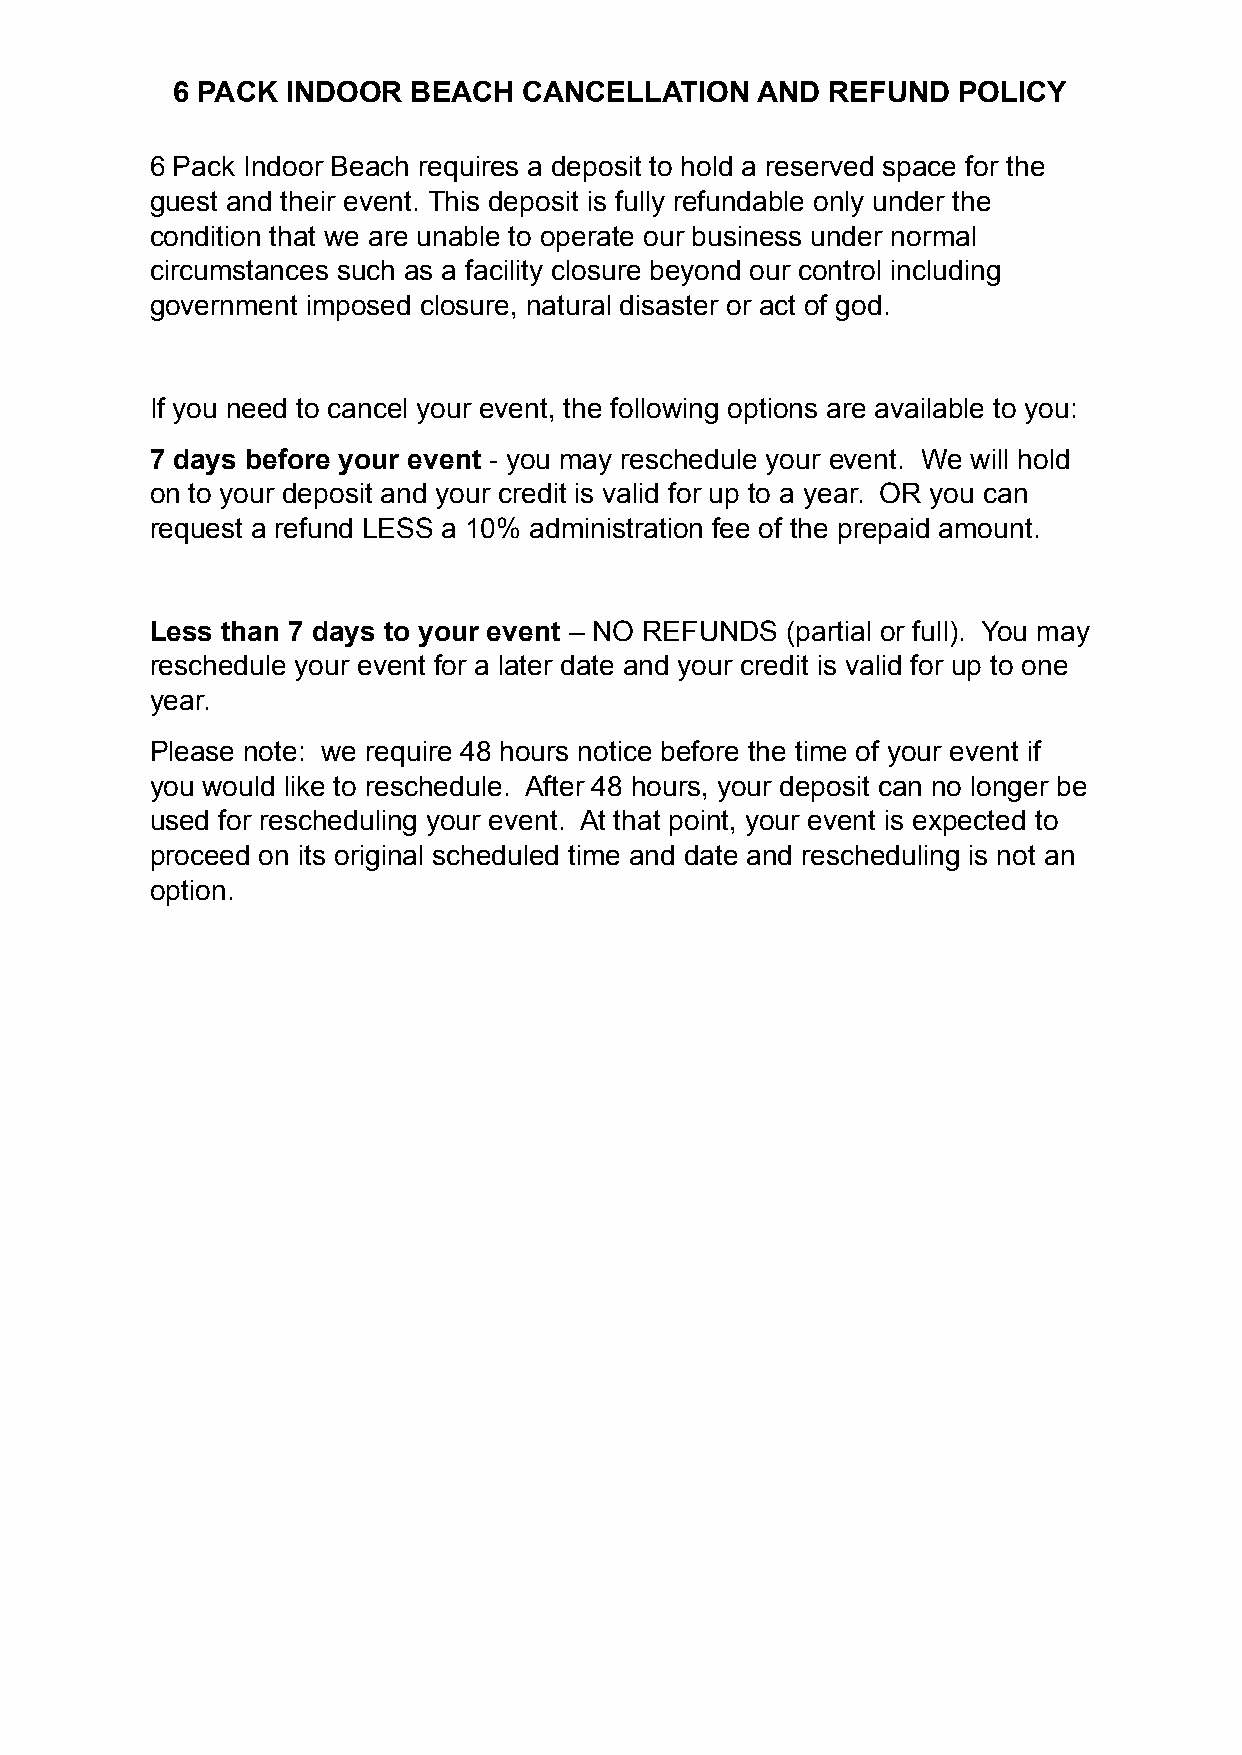
6 PACK  INDOOR  BEACH   CANCELLATION   AND  REFUND  POLICY
 6 Pack Indoor Beach requires a deposit to hold a reserved space for the
 guest and their event. This deposit is fully refundable only under the
 condition that we are unable to operate our business under normal
 circumstances such as a facility closure beyond our control including
 government imposed closure, natural disaster or act of god.
 If you need to cancel your event, the following options are available to you:
 7 days before your event - you may reschedule your event. We will hold
 on to your deposit and your credit is valid for up to a year. OR you can
 request a refund LESS a 10% administration fee of the prepaid amount.
 Less than 7 days to your event – NO REFUNDS (partial or full). You may
 reschedule your event for a later date and your credit is valid for up to one
 year.
 Please note: we require 48 hours notice before the time of your event if
 you would like to reschedule. After 48 hours, your deposit can no longer be
 used for rescheduling your event. At that point, your event is expected to
 proceed on its original scheduled time and date and rescheduling is not an
 option.